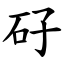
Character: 矷